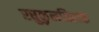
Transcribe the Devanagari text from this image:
रघुकुलतिलक